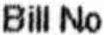
BILL NO